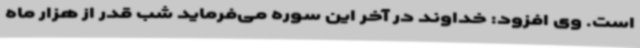
است. وی افزود: خداوند در آخر این سوره می‌فرماید شب قدر از هزار ماه